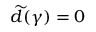
\widetilde d ( \gamma ) = 0